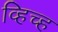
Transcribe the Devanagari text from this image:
व्हिच्ह